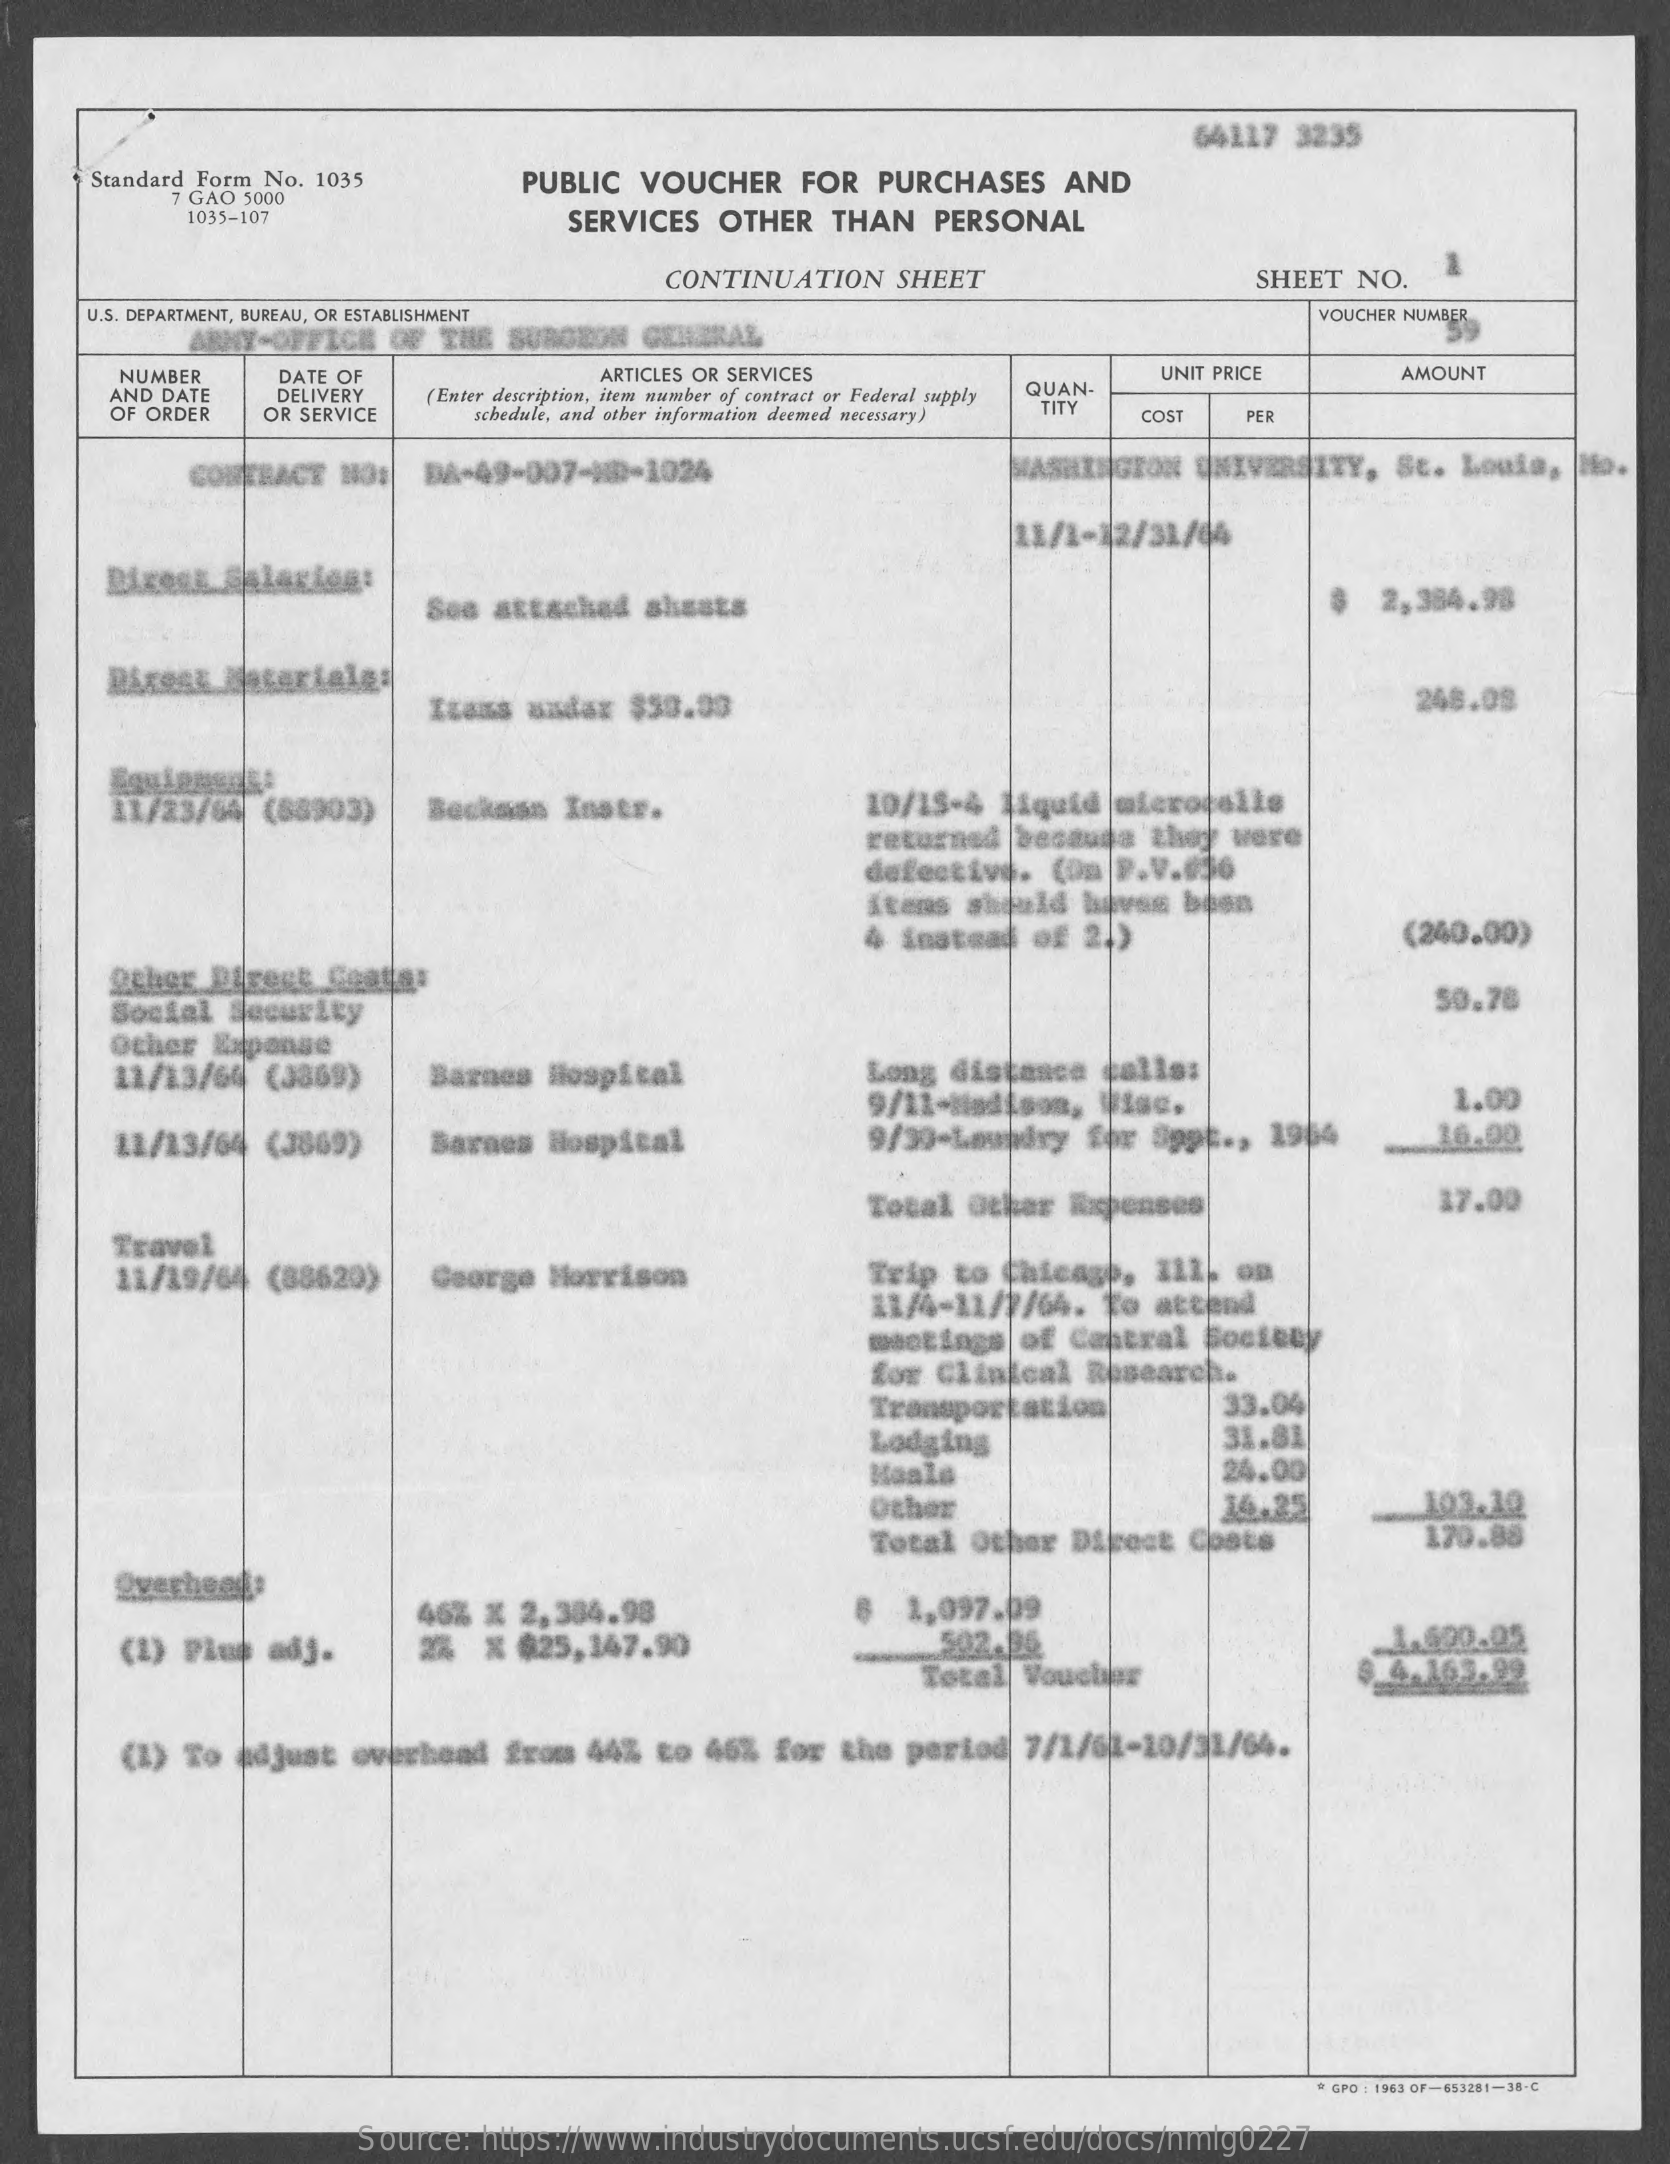
64117 3235
    Standard Form No. 1035 PUBLIC VOUCHER FOR PURCHASES AND
     7 GAO 5000
     1035-107    SERVICES OTHER THAN PERSONAL
     CONTINUATION SHEET    SHEET NO.
    U.S. DEPARTMENT, BUREAU, OR ESTABLISHMENT
     GENERAL
     VOUCHER NUMBER
     NUMBER DATE OF    ARTICLES OR SERVICES
     (Enter description, itens number of contract or Federal supply QUAN-
     UNIT PRICE
     AND DATE
     OF ORDER
     DELIVERY
     AMOUNT
     OR SERVICE schedule, and other information deemed necessary) TITY
     COST PER
     CONTRACT NO: DA-49-007-10-1024    WASHINGTON UNIVERSITY, St. Louis, Mo.
     18/1-12/31/04
     See attached sheets    2,384.98
     Items andar $50.00    248.08
     11/23/04 (88903) Beckman Instr. 10/15-4 1iquid mieropolis
     returned becauda they were
     defective. (Om|P.V.@16
     Ktens should haves boon
     4 instead of 21)    (240.00)
     Other Dleest Ceata:
     Social Security    50.78
     Other Expanse
     11/13/64 (3369) Barnes Hospital Long distance calls:
     9/11-Madison, isc.    1.00
     11/13/64 (3869) Barnes Hospital 9/39-Loubiry Sor Sppt ., 1964
     Total Other Expenses    17.00
     Travel
     11/19/64 (88620) George Morrison Trip to Chicago, all, on
     11/4-11/1/64. to attend
     meetings of Central Socieny
     for Clinical Research.
     Transportation 33.04
     Lodging    31.81
     Maals    24.00
     Other    34.25    10.2.10
     Total Other Direct Costs 170.88
     Overhead:
     (1) Flup adj.
     46% X 2,384.98    $ 1,097.09
     2% X $25,147.90    502.16    1.420.05
     Total Voucher    4.163.99
     (1) To adjust overhead from 44% to 46% for the period 7/1/60-10/31/64.
     * GPO : 1963 OF-653281-18-C
     Source: https://www.industrydocuments.ucsf.edu/docs/nmlg0227